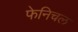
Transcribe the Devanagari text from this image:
फेनिचल